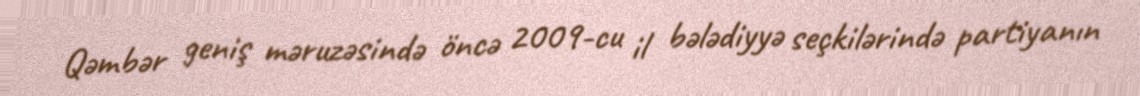
Qəmbər geniş məruzəsində öncə 2009-cu il bələdiyyə seçkilərində partiyanın